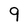
Character: 9